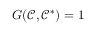
G ( \mathcal { C } , \mathcal { C } ^ { * } ) = 1